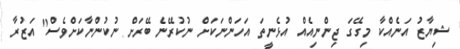
ޝިޔާޒު އަނެއްކާ މިގޭގަ ޖިންނިއެއް އުޅެނީތަ އަހަންނަކަށް ނުކުރޭނެ ބޭރަށް ނުކުންނާކަށްވެސް" އަޒުރާ